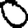
Digit: 0